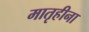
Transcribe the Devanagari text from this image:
मातृहीना